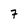
Character: 7